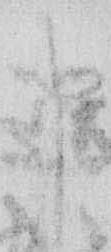
申